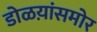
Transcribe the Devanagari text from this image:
डोळय़ांसमोर